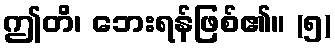
ဤတိ၊ ဘေးရန်ဖြစ်၏။ (၅)